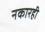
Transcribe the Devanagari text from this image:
नकारही